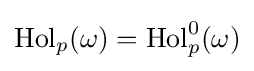
\operatorname {Hol} _{p}(\omega )=\operatorname {Hol} _{p}^{0}(\omega )